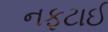
નફટાઈ